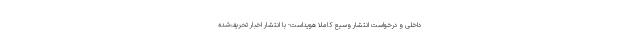
داخلی و درخواست انتشار وسیع کاملاً هویداست- با انتشار اخبار تحریف‌شده